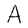
Character: A